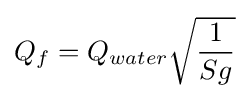
{Q_{f}}={Q_{water}}{\sqrt {\frac {1}{Sg}}}